Snake-venoms in relation to hæmolysis - Number 17
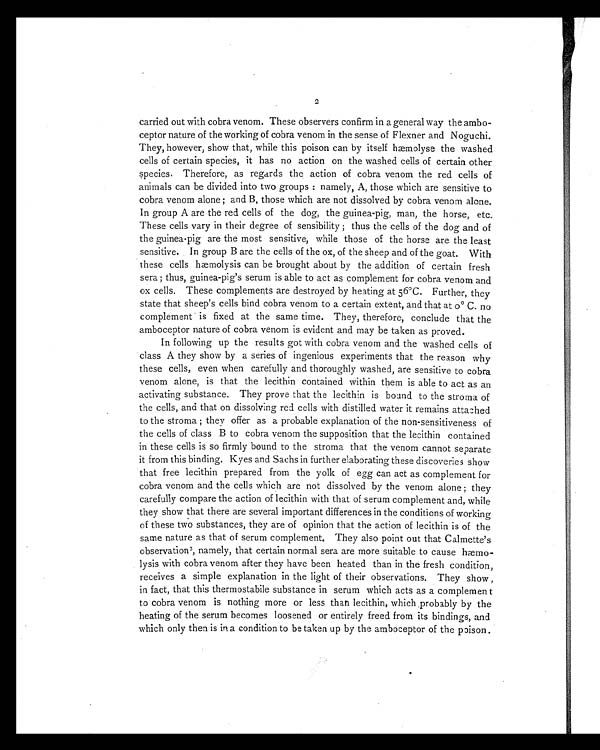
2
carried out with cobra venom. These observers confirm in a general way the ambo-
ceptor nature of the working of cobra venom in the sense of Flexner and Noguchi.
They, however, show that, while this poison can by itself hæmolyse the washed
cells of certain species, it has no action on the washed cells of certain other
species. Therefore, as regards the action of cobra venom the red cells of
animals can be divided into two groups : namely, A, those which are sensitive to
cobra venom alone ; and B, those which are not dissolved by cobra venom alone.
In group A are the red cells of the dog, the guinea-pig, man, the horse, etc.
These cells vary in their degree of sensibility ; thus the cells of the dog and of
the guinea-pig are the most sensitive, while those of the horse are the least
sensitive. In group B are the cells of the ox, of the sheep and of the goat. With
these cells hæmolysis can be brought about by the addition of certain fresh
sera ; thus, guinea-pig's serum is able to act as complement for cobra venom and
ox cells. These complements are destroyed by heating at 56°C. Further, they
state that sheep's cells bind cobra venom to a certain extent, and that at 0° C. no
complement is fixed at the same time. They, therefore, conclude that the
amboceptor nature of cobra venom is evident and may be taken as proved.
In following up the results got with cobra venom and the washed cells of
class A they show by a series of ingenious experiments that the reason why
these cells, even when carefully and thoroughly washed, are sensitive to cobra
venom alone, is that the lecithin contained within them is able to act as an
activating substance. They prove that the lecithin is bound to the stroma of
the cells, and that on dissolving red cells with distilled water it remains attached
to the stroma ; they offer as a probable explanation of the non-sensitiveness of
the cells of class B to cobra venom the supposition that the lecithin contained
in these cells is so firmly bound to the stroma that the venom cannot separate
it from this binding. Kyes and Sachs in further elaborating these discoveries show
that free lecithin prepared from the yolk of egg can act as complement for
cobra venom and the cells which are not dissolved by the venom alone ; they
carefully compare the action of lecithin with that of serum complement and, while
they show that there are several important differences in the conditions of working
of these two substances, they are of opinion that the action of lecithin is of the
same nature as that of serum complement. They also point out that Calmette's
observation3 , namely, that certain normal sera are more suitable to cause hæmo-
lysis with cobra venom after they have been heated than in the fresh condition,
receives a simple explanation in the light of their observations. They show ,
in fact, that this thermostabile substance in serum which acts as a complement
to cobra venom is nothing more or less than lecithin, which probably by the
heating of the serum becomes loosened or entirely freed from its bindings, and
which only then is in a condition to be taken up by the amboceptor of the poison.